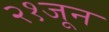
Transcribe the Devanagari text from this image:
२१जून